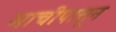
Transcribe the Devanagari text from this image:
माचीपासून